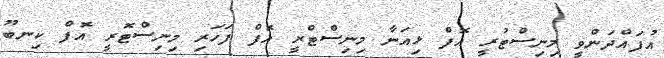
އުފައްދަންވީ މިނިސްޓުރީ އޮފް ޅިއަނާ މިނިސްޓްރީ އޮފް ފަހަރި މިނިސްޓޮރީ އޮފް ކިނބޫ